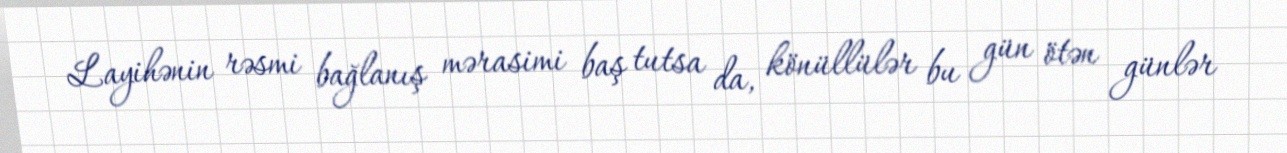
Layihənin rəsmi bağlanış mərasimi baş tutsa da, könüllülər bu gün ötən günlər